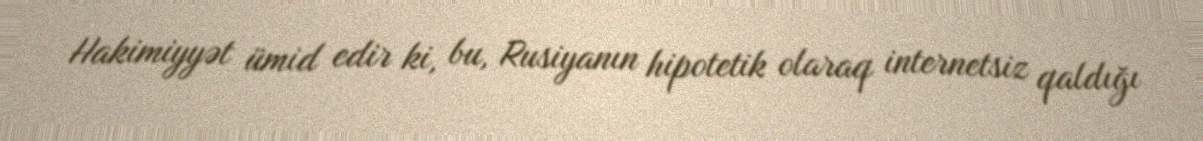
Hakimiyyət ümid edir ki, bu, Rusiyanın hipotetik olaraq internetsiz qaldığı